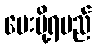
ပေးပို့ရမည်